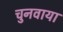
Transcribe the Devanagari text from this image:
चुनवाया